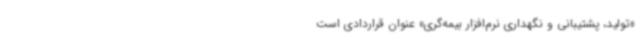
«تولید، پشتیبانی و نگهداری نرم‌افزار بیمه‌گری» عنوان قراردادی است